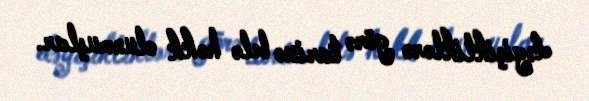
dəyişikliklərə görə tarixə belə həkk olunmuşlar.